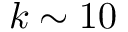
k \sim 1 0